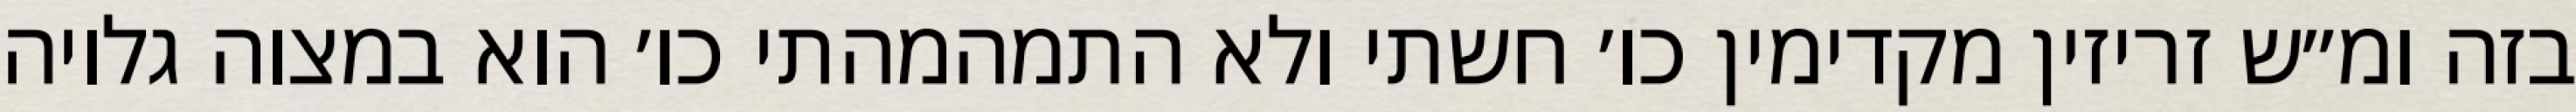
בזה ומ״ש זריזין מקדימין כו׳ חשתי ולא התמהמהתי כו׳ הוא במצוה גלויה